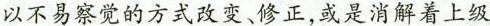
以不易察觉的方式改变、修正，或是消解着上级